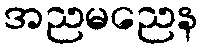
အညမညေန